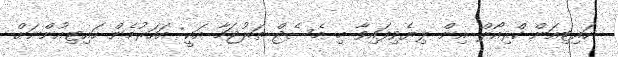
ހައިޓިއަން ކްރިއޯލް އިން ލިޔެވިފައިވާ މި މެސެޖް ތަރުޖަމާ އަކީ: އަހަރުމެން ހައިޓިއުންނަށް